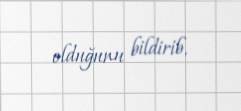
olduğunu bildirib.